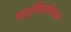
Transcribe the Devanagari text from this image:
फ्राईडियनिज्म